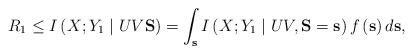
LaTeX: \begin{align*}R_1\leq I\left( X;Y_1\mid UV \mathbf{S}\right)=\int_\mathbf{s}I\left(X;Y_1\mid UV,\mathbf{S}=\mathbf{s}\right)f\left( \mathbf{s}\right)d\mathbf{s}, \end{align*}